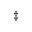
\ddagger